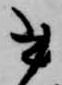
書